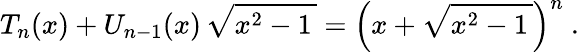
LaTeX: T_{n}(x)+U_{n-1}(x)\, {\sqrt{x^{2}-1\, }}=\left(x+{\sqrt{x^{2}-1\, }}\right)^{n}~.